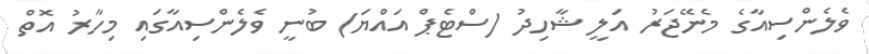
ވެލެންސިއާގެ މެނޭޖަރު އަލީ ޝާހިދު (ސްޓެޕް އައްޔަ) ބުނީ ވެލެންސިއާގައި މިހާރު އޮތް